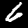
Digit: 6